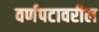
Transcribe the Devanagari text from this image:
वर्णपटावरील